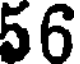
56